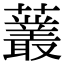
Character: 䕺